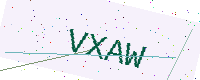
Text: VXAW